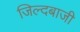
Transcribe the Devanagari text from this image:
जिल्दबाजी